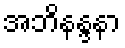
အဘိနန္ဒနာ